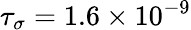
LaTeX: \tau_{\sigma}=1.6\times 10^{-9}